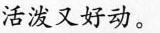
活泼又好动。